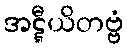
အဋ္ဋီယိတဗ္ဗံ